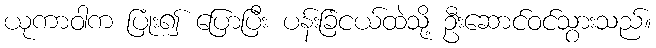
ယုကာဝါက ပြုံး၍ ပြောပြီး ပန်းခြံငယ်ထဲသို့ ဦးဆောင်ဝင်သွားသည်။